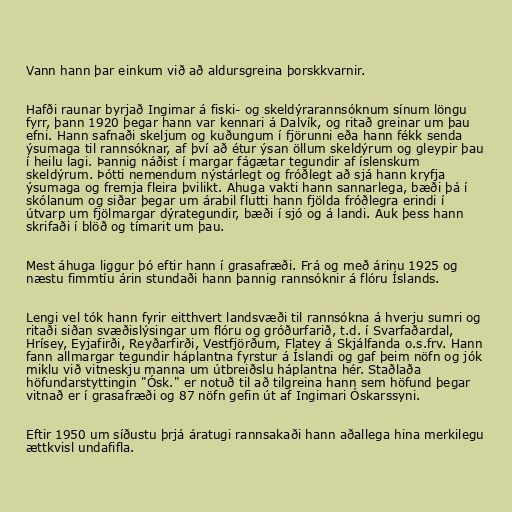
Vann hann þar einkum við að aldursgreina þorskkvarnir.

Hafði raunar byrjað Ingimar á fiski- og skeldýrarannsóknum sínum löngu
fyrr, þann 1920 þegar hann var kennari á Dalvík, og ritað greinar um þau
efni. Hann safnaði skeljum og kuðungum í fjörunni eða hann fékk senda
ýsumaga til rannsóknar, af því að étur ýsan öllum skeldýrum og gleypir þau
í heilu lagi. Þannig náðist í margar fágætar tegundir af íslenskum
skeldýrum. Þótti nemendum nýstárlegt og fróðlegt að sjá hann kryfja
ýsumaga og fremja fleira þvilikt. Ahuga vakti hann sannarlega, bæði þá í
skólanum og siðar þegar um árabil flutti hann fjölda fróðlegra erindi í
útvarp um fjölmargar dýrategundir, bæði í sjó og á landi. Auk þess hann
skrifaði í blöð og tímarit um þau.

Mest áhuga liggur þó eftir hann í grasafræði. Frá og með árinu 1925 og
næstu fimmtíu árin stundaði hann þannig rannsóknir á flóru Íslands.

Lengi vel tók hann fyrir eitthvert landsvæði til rannsókna á hverju sumri og
ritaði siðan svæðislýsingar um flóru og gróðurfarið, t.d. í Svarfaðardal,
Hrísey, Eyjafirði, Reyðarfirði, Vestfjörðum, Flatey á Skjálfanda o.s.frv. Hann
fann allmargar tegundir háplantna fyrstur á Íslandi og gaf þeim nöfn og jók
miklu við vitneskju manna um útbreiðslu háplantna hér. Staðlaða
höfundarstyttingin "Ósk." er notuð til að tilgreina hann sem höfund þegar
vitnað er í grasafræði og 87 nöfn gefin út af Ingimari Óskarssyni.

Eftir 1950 um síðustu þrjá áratugi rannsakaði hann aðallega hina merkilegu
ættkvisl undafifla.